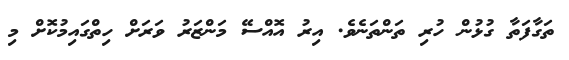
ތަގާފަތާ ގުޅުން ހުރި ތަންތަނެވެ. އިރު އޮއްސޭ މަންޒަރު ވަރަށް ހިތްގައިމުކޮށް މި